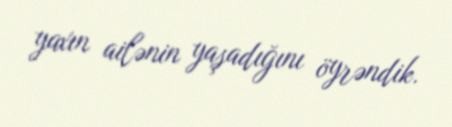
yaxın ailənin yaşadığını öyrəndik.